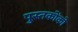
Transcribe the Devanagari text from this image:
पुस्‍तकोंको